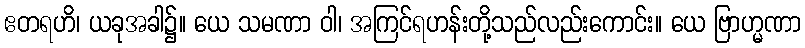
ဧတရဟိ၊ ယခုအခါ၌။ ယေ သမဏာ ဝါ၊ အကြင်ရဟန်းတို့သည်လည်းကောင်း။ ယေ ဗြာဟ္မဏာ